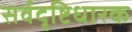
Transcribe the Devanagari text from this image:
सर्वदृष्टिधारक